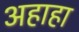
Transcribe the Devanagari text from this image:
अहाहा